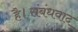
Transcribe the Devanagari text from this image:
है।संबंधवाद